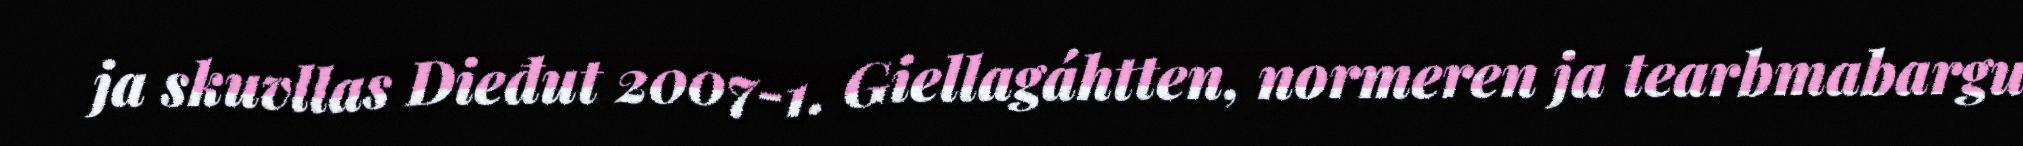
ja skuvllas Dieđut 2007-1. Giellagáhtten, normeren ja tearbmabargu